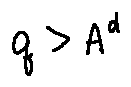
q > A ^ { d }